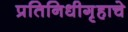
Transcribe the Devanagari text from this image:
प्रतिनिधीगृहाचे